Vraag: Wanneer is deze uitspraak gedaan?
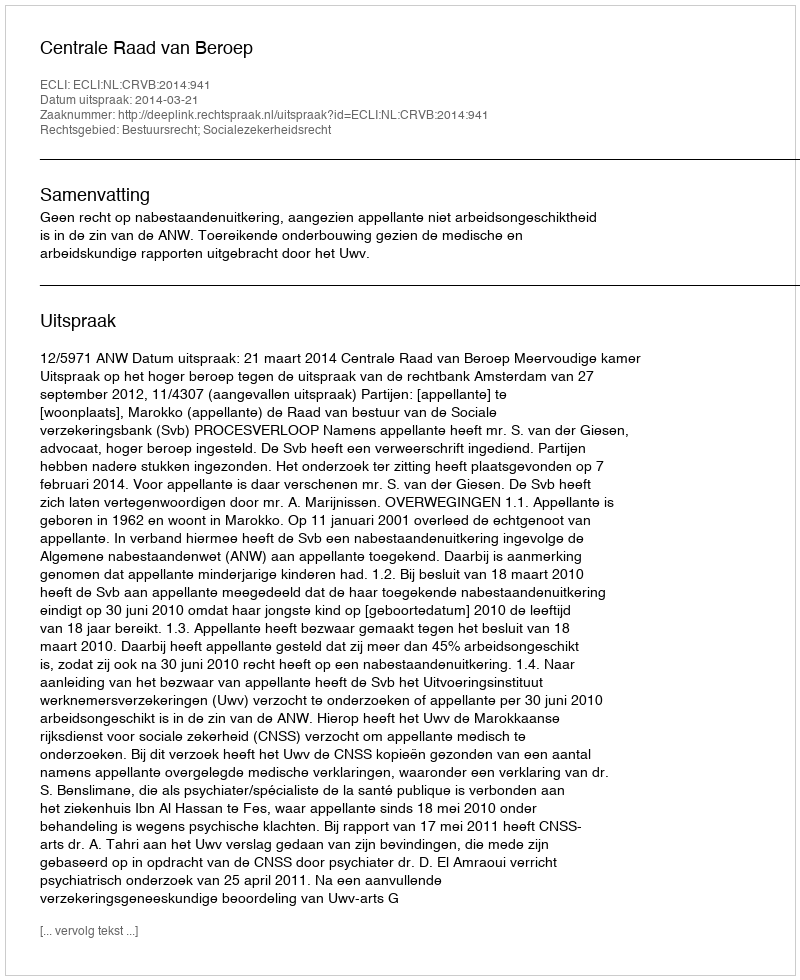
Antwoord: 2014-03-21